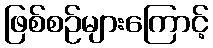
ဖြစ်စဉ်များကြောင့်